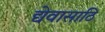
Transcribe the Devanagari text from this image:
द्येवासाठि